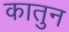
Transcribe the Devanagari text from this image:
कातुन